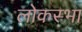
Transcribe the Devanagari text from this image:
लोकस्भा